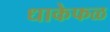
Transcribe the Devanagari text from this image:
धाकेफळ